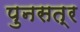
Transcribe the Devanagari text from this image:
पुनसत्र